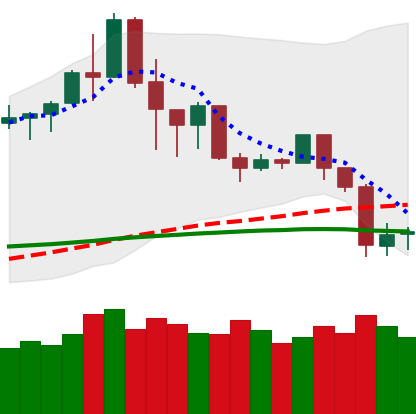
Ticker: TRX-USD
Chart end date: 2020-02-28
Forward return: 3.84%
Label: up_3_5